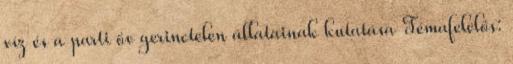
víz és a parti öv gerinctelen állatainak kutatása Témafelelős: